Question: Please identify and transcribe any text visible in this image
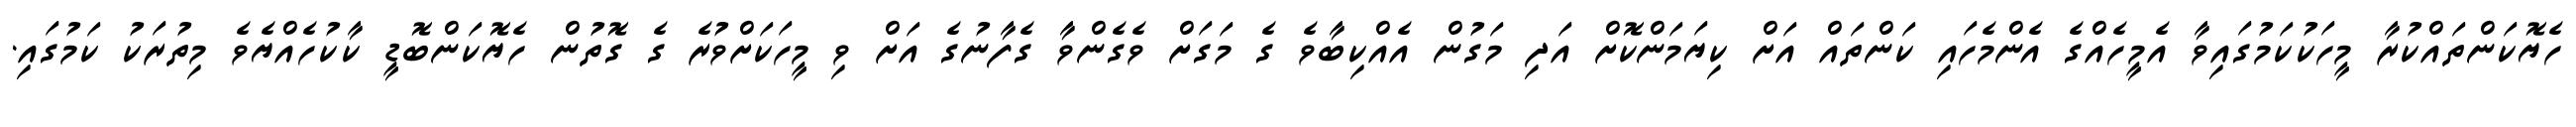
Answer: ހެޔޮކަންތައްކުރާ މީހަކުކަމުގައިވާ އެމީހެއްގެ އެންމެހައި ކަންތައް އަށް ކިޔަމަންކޮށް އަދި މަގުން އެއްކިބާވެ ގެ މަގަށް ވެގެންވާ ގެފާނުގެ އަށް ވި މީހަކަށްވުރެ ގެ ގޮތުން ހެޔޮކަންބޮޑީ ކާކުހެއްޔެވެ މިތުރަކު ކަމުގައި.